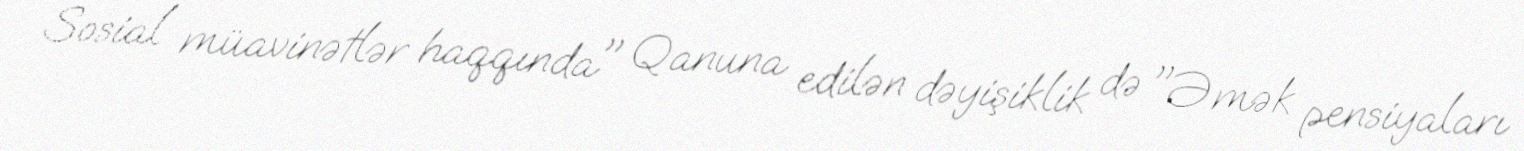
Sosial müavinətlər haqqında" Qanuna edilən dəyişiklik də "Əmək pensiyaları